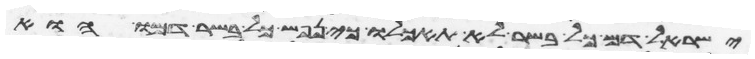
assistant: ישראל דם כל בשר לא תאכלו כי נפש כל בשר דמו הוא